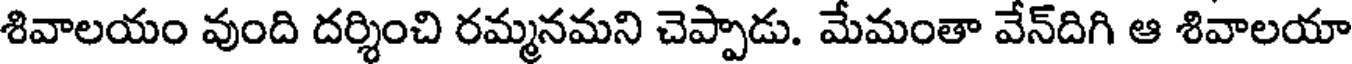
శివాలయం వుంది దర్శించి రమ్మనమని చెప్పాడు. మేమంతా వేన్దిగి ఆ శివాలయా